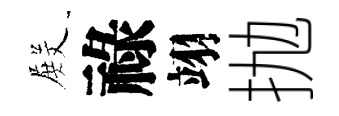
𭮺祿翊抛